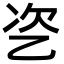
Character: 乲